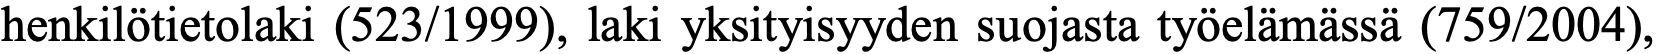
henkilötietolaki (523/1999), laki yksityisyyden suojasta työelämässä (759/2004),